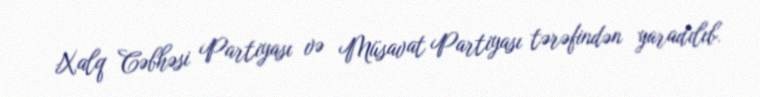
Xalq Cəbhəsi Partiyası və Müsavat Partiyası tərəfindən yaradılıb.